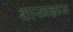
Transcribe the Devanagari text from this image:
शास्त्रज्ञास